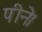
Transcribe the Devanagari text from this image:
पीने।